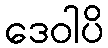
ဒေဝါပိ